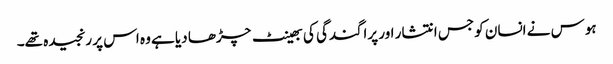
ہوس نے انسان کو جس انتشار اور پراگندگی کی بھینٹ چڑھا دیا ہے وہ اس پر رنجیدہ تھے۔